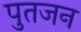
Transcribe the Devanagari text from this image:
पुतजन